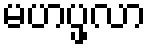
မဟပ္ဖလာ